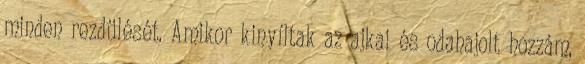
minden rezdülését. Amikor kinyíltak az ajkai és odahajolt hozzám,